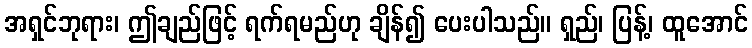
အရှင်ဘုရား၊ ဤချည်ဖြင့် ရက်ရမည်ဟု ချိန်၍ ပေးပါသည်။ ရှည်၊ ပြန့်၊ ထူအောင်